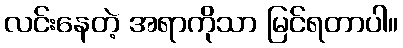
လင်းနေတဲ့ အရာကိုသာ မြင်ရတာပါ။